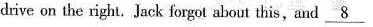
drive on the right.Jack forgot about this,and\underline{8 }